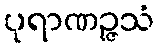
ပုရာဏဉ္ဇသံ